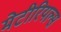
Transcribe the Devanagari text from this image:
मेटीरियल्स